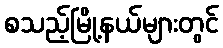
စသည့်မြို့နယ်များတွင်